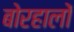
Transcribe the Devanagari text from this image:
बोरहालों